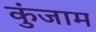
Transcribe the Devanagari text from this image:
कुंजाम